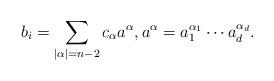
LaTeX: \begin{align*}b_i=\sum_{|\alpha|=n-2} c_\alpha a^\alpha, a^\alpha=a_1^{\alpha_1}\cdots a_d^{\alpha_d}.\end{align*}